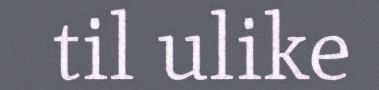
til ulike